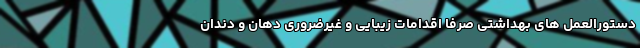
دستورالعمل های بهداشتی صرفا اقدامات زیبایی و غیرضروری دهان و دندان